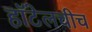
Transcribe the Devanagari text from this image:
हॉटेलचीच